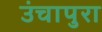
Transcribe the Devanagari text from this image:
उंचापुरा